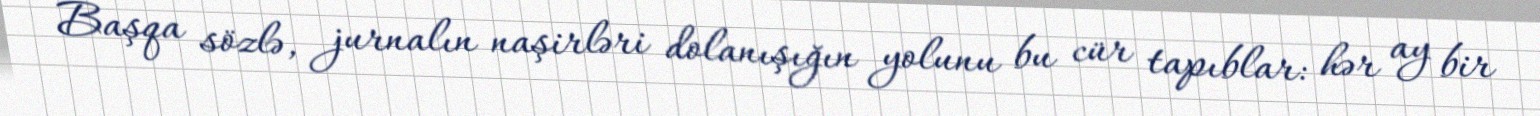
Başqa sözlə, jurnalın naşirləri dolanışığın yolunu bu cür tapıblar: hər ay bir